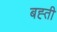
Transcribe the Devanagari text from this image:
बह्ती